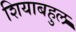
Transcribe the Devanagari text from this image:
शियाबहुल